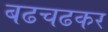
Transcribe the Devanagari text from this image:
बढचढकर